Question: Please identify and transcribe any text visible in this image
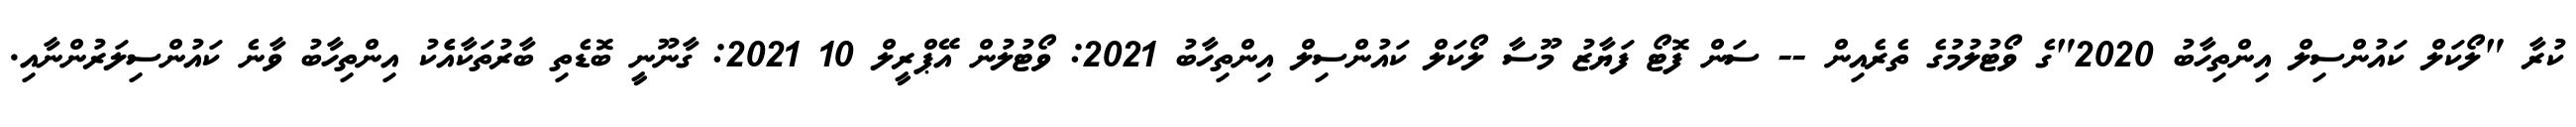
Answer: ކުރާ "ލޯކަލް ކައުންސިލް އިންތިހާބު 2020"ގެ ވޯޓުލުމުގެ ތެރެއިން -- ސަން ފޮޓޯ ފަޔާޒު މޫސާ ލޯކަލް ކައުންސިލް އިންތިހާބު 2021: ވޯޓުލުން އޭޕްރީލް 10 2021: ގާނޫނީ ބޮޑެތި ބާރުތަކާއެެކު އިންތިހާބު ވާނެ ކައުންސިލަރުންނާއި.